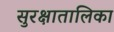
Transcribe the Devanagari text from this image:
सुरक्षातालिका